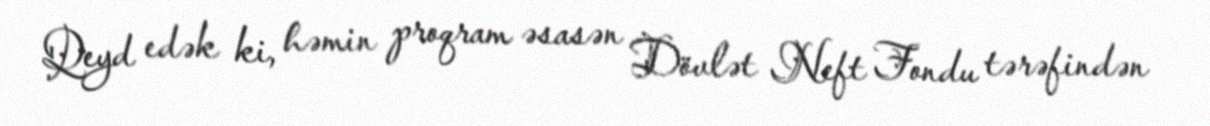
Qeyd edək ki, həmin proqram əsasən Dövlət Neft Fondu tərəfindən